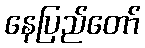
နေပြည်တော်